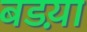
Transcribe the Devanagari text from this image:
बडय़ा